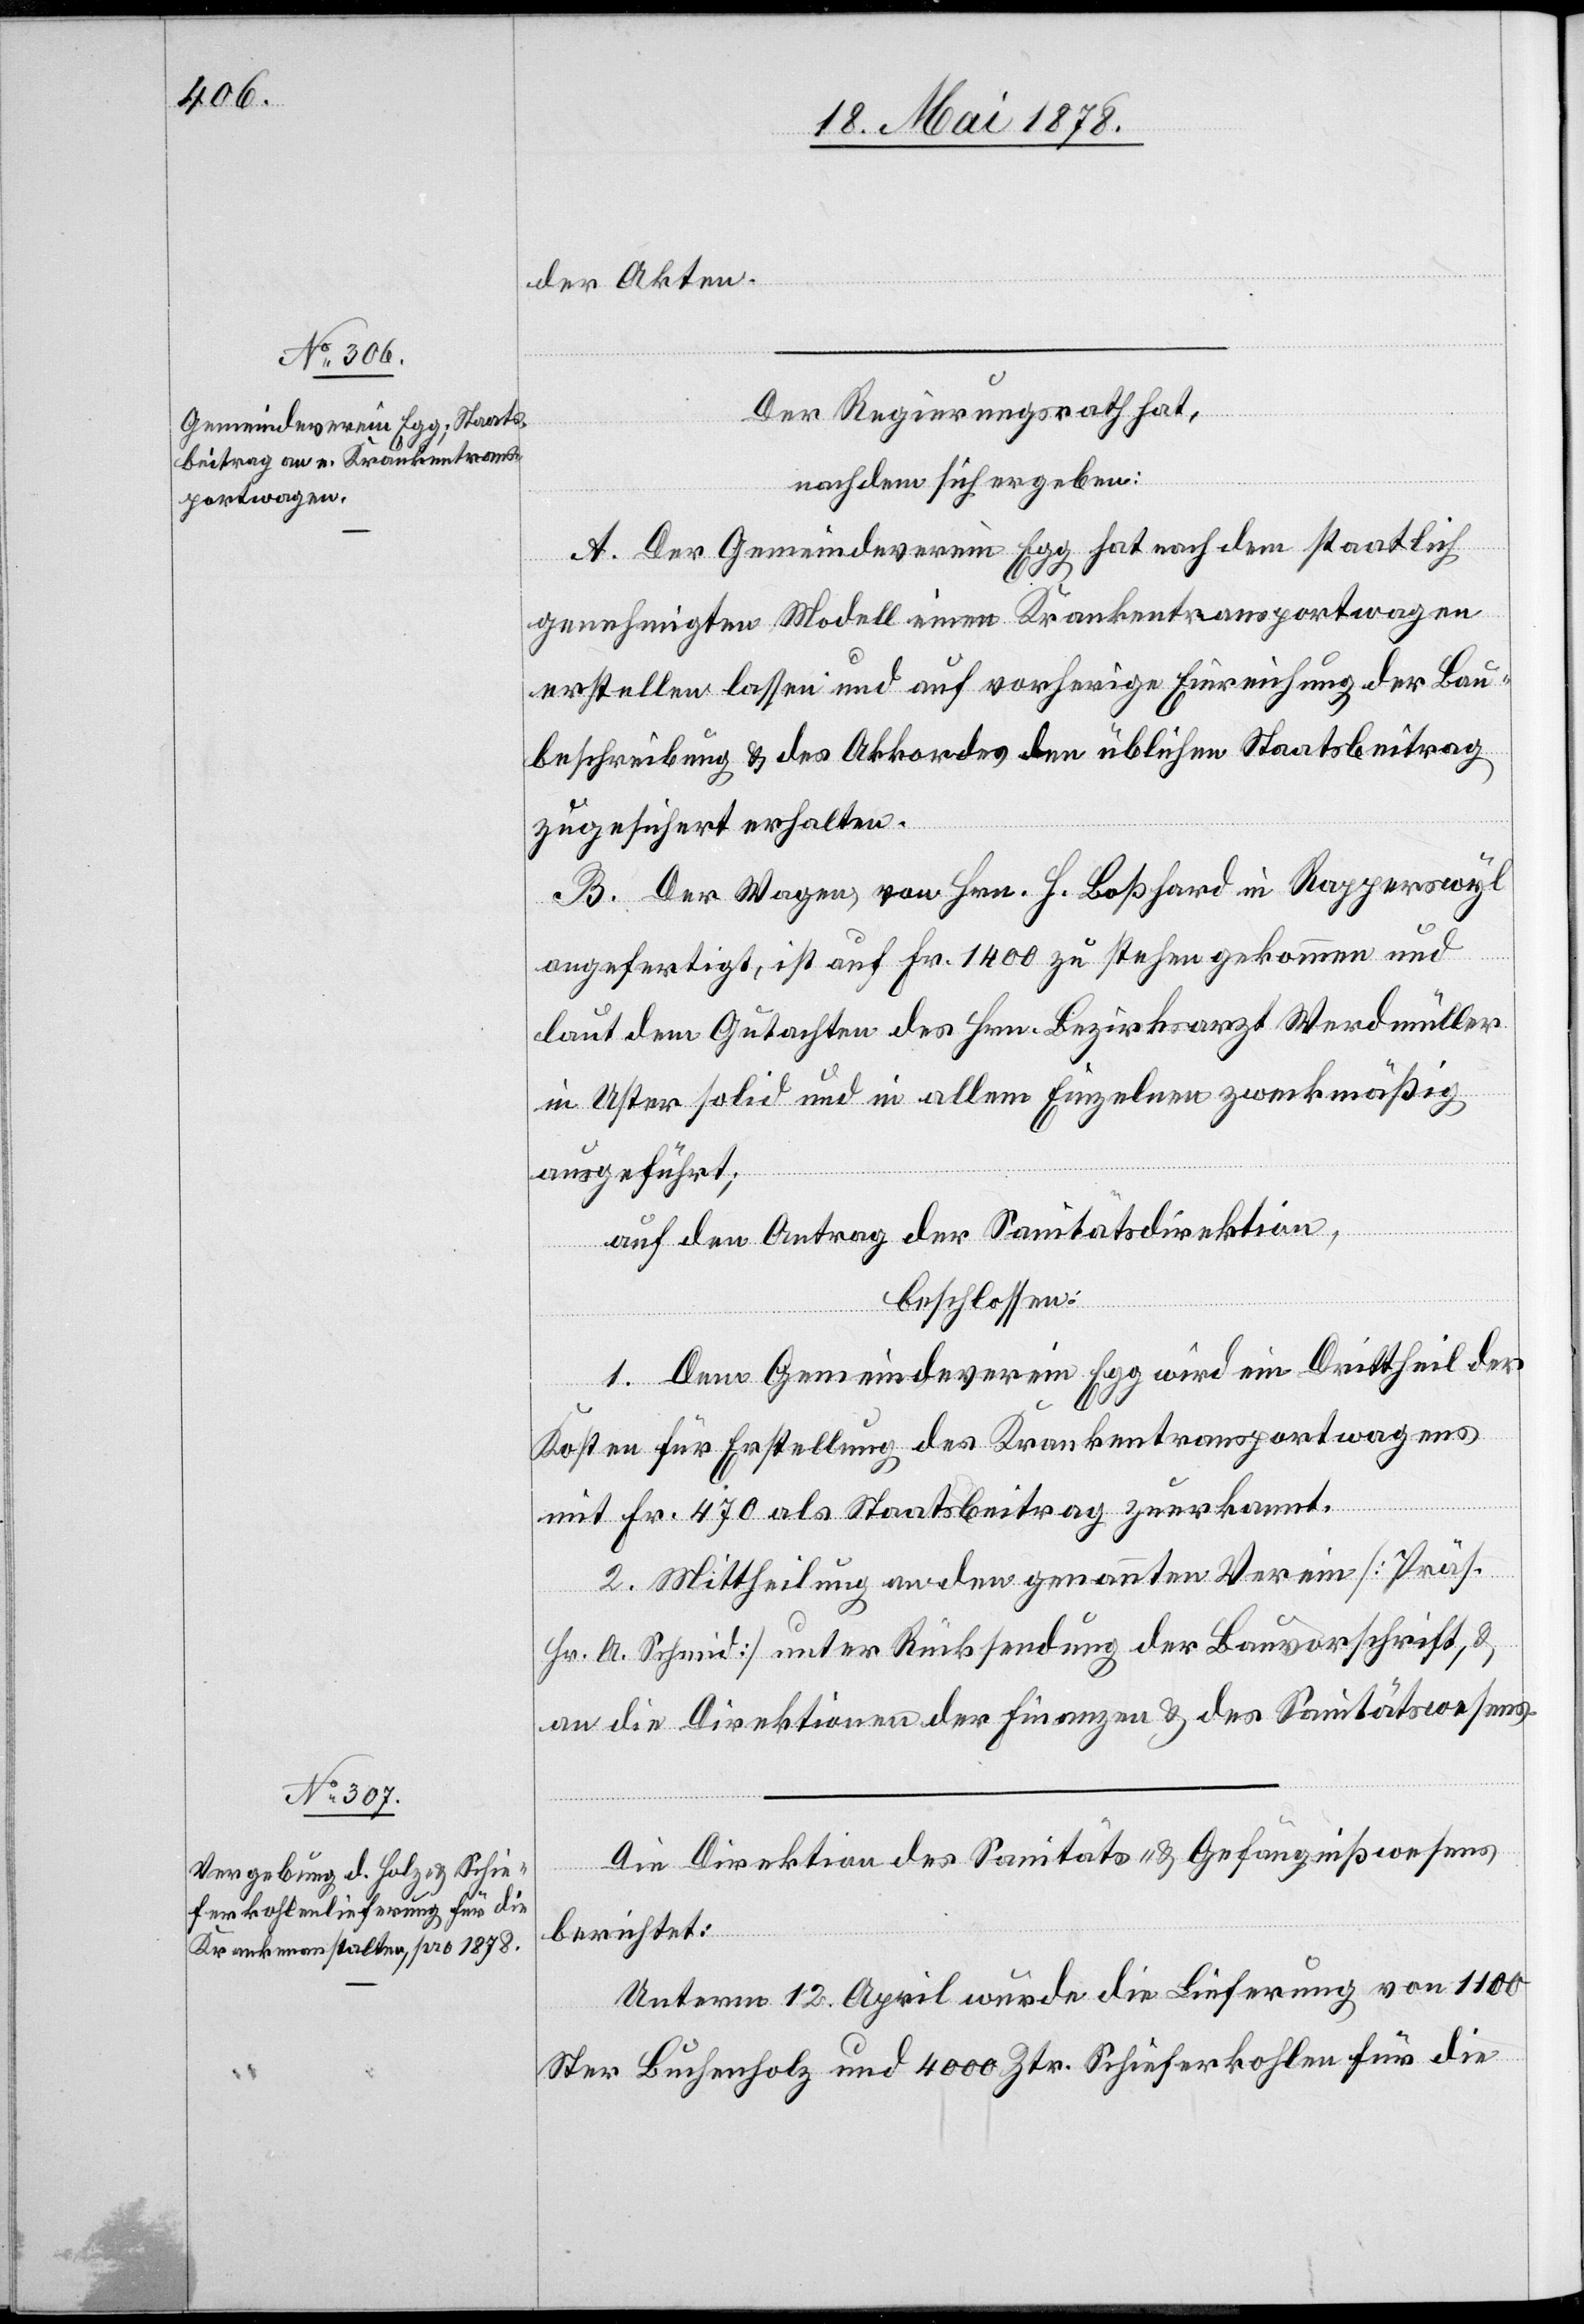
der Akten.
Der Regierungsrath hat,
nachdem sich ergeben:
A. Der Gemeindeverein Egg hat nach dem staatlich
genehmigten Modell einen Krankentransportwagen
erstellen lassen und auf vorherige Einreichung der Bau¬
beschreibung & des Akkordes den üblichen Staatsbeitrag
zugesichert erhalten.
B. Der Wagen, von Hrn. H. Boßhard in Rapperswyl
angefertigt, ist auf Fr. 1400 zu stehen gekommen und
laut dem Gutachten des Hrn. Bezirksarzt Werdmüller
in Uster solid und in allem Einzelnen zweckmäßig
ausgeführt;
auf den Antrag der Sanitätsdirektion,
beschlossen:
1. Dem Gemeindeverein Egg wird ein Drittheil der
Kosten für Erstellung des Krankentransportwagens
mit Fr. 470 als Staatsbeitrag zuerkannt.
2. Mittheilung an den genannten Verein [Präs.
Hr. A. Schmid] unter Rücksendung der Bauvorschrift, &
an die Direktionen der Finanzen & des Sanitätswesens.
Die Direktion des Sanitäts- & Gefängnißwesens
berichtet:
Unterm 12. April wurde die Lieferung von 1100
Ster Buchenholz und 4000 Ztr. Schieferkohlen für die